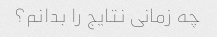
چه زمانی نتایج را بدانم؟